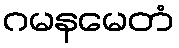
ဂမနမေတံ